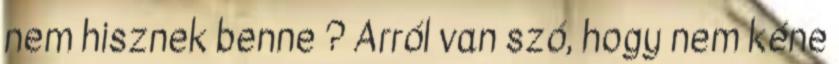
nem hisznek benne ? Arról van szó, hogy nem kéne